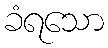
ခံရသော